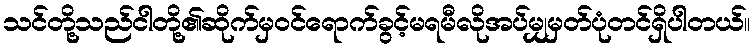
သင်တို့သည်ငါတို့၏ဆိုက်မှဝင်ရောက်ခွင့်မရမီလိုအပ်မျှမှတ်ပုံတင်ရှိပါတယ်။